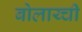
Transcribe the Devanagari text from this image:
बोलाय्ची